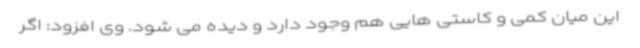
این میان کمی و کاستی هایی هم وجود دارد و دیده می شود. وی افزود: اگر